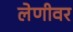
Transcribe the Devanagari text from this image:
लेणीवर